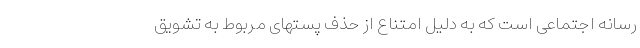
رسانه اجتماعی است که به دلیل امتناع از حذف پستهای مربوط به تشویق